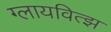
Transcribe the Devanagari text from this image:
ग्लायवित्झ